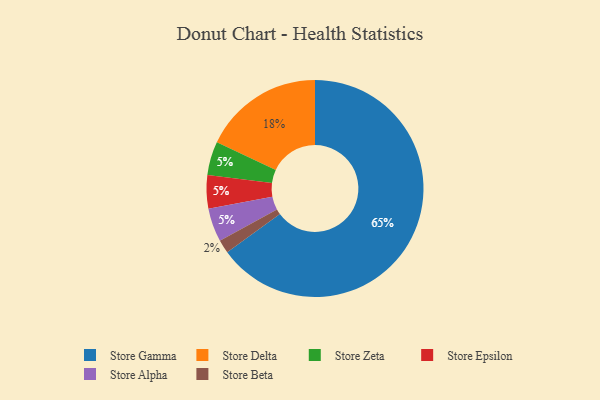
{"axis": {"x": "Category", "y": "Percentage"}, "legend": ["Store Alpha", "Store Beta", "Store Delta", "Store Epsilon", "Store Gamma", "Store Zeta"], "data": [{"x": "Store Delta", "y": 18, "type": "Store Delta"}, {"x": "Store Beta", "y": 2, "type": "Store Beta"}, {"x": "Store Zeta", "y": 5, "type": "Store Zeta"}, {"x": "Store Gamma", "y": 65, "type": "Store Gamma"}, {"x": "Store Epsilon", "y": 5, "type": "Store Epsilon"}, {"x": "Store Alpha", "y": 5, "type": "Store Alpha"}]}